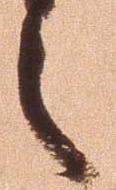
之